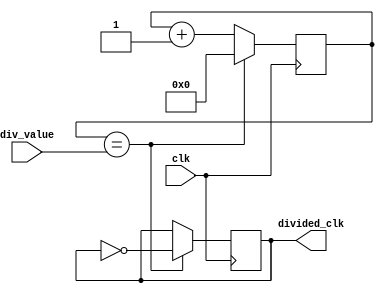
module ripple_counter_clock_divider (
    input wire clk,      // Master clock input
    input wire [7:0] div_value,  // Integer value to divide clock frequency by
    output wire divided_clk   // Divided clock signal output
);

reg [7:0] count;  // Counter to keep track of divide value
reg divider;    // Output signal of divide clock

always @(posedge clk) begin
    if(count == div_value) begin
        count <= 0;
        divider <= ~divider; // Toggle the divided clock signal
    end else begin
        count <= count + 1;
    end
end

assign divided_clk = divider;

endmodule